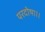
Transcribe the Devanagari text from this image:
परदोषा।।